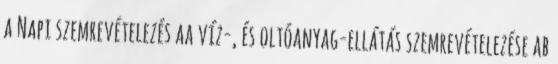
a Napi szemrevételezés aa víz-, és oltóanyag-ellátás szemrevételezése ab